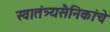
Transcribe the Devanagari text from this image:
स्वातंत्र्यसैनिकांचे